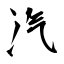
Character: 汽